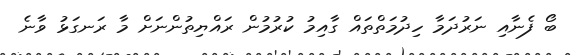
ބޯ ފެނާއި ނަރުދަމާ ހިދުމަތްތައް ގާއިމު ކުރުމުން ރައްޔިތުންނަށް މާ ރަނގަޅު ވާނެ